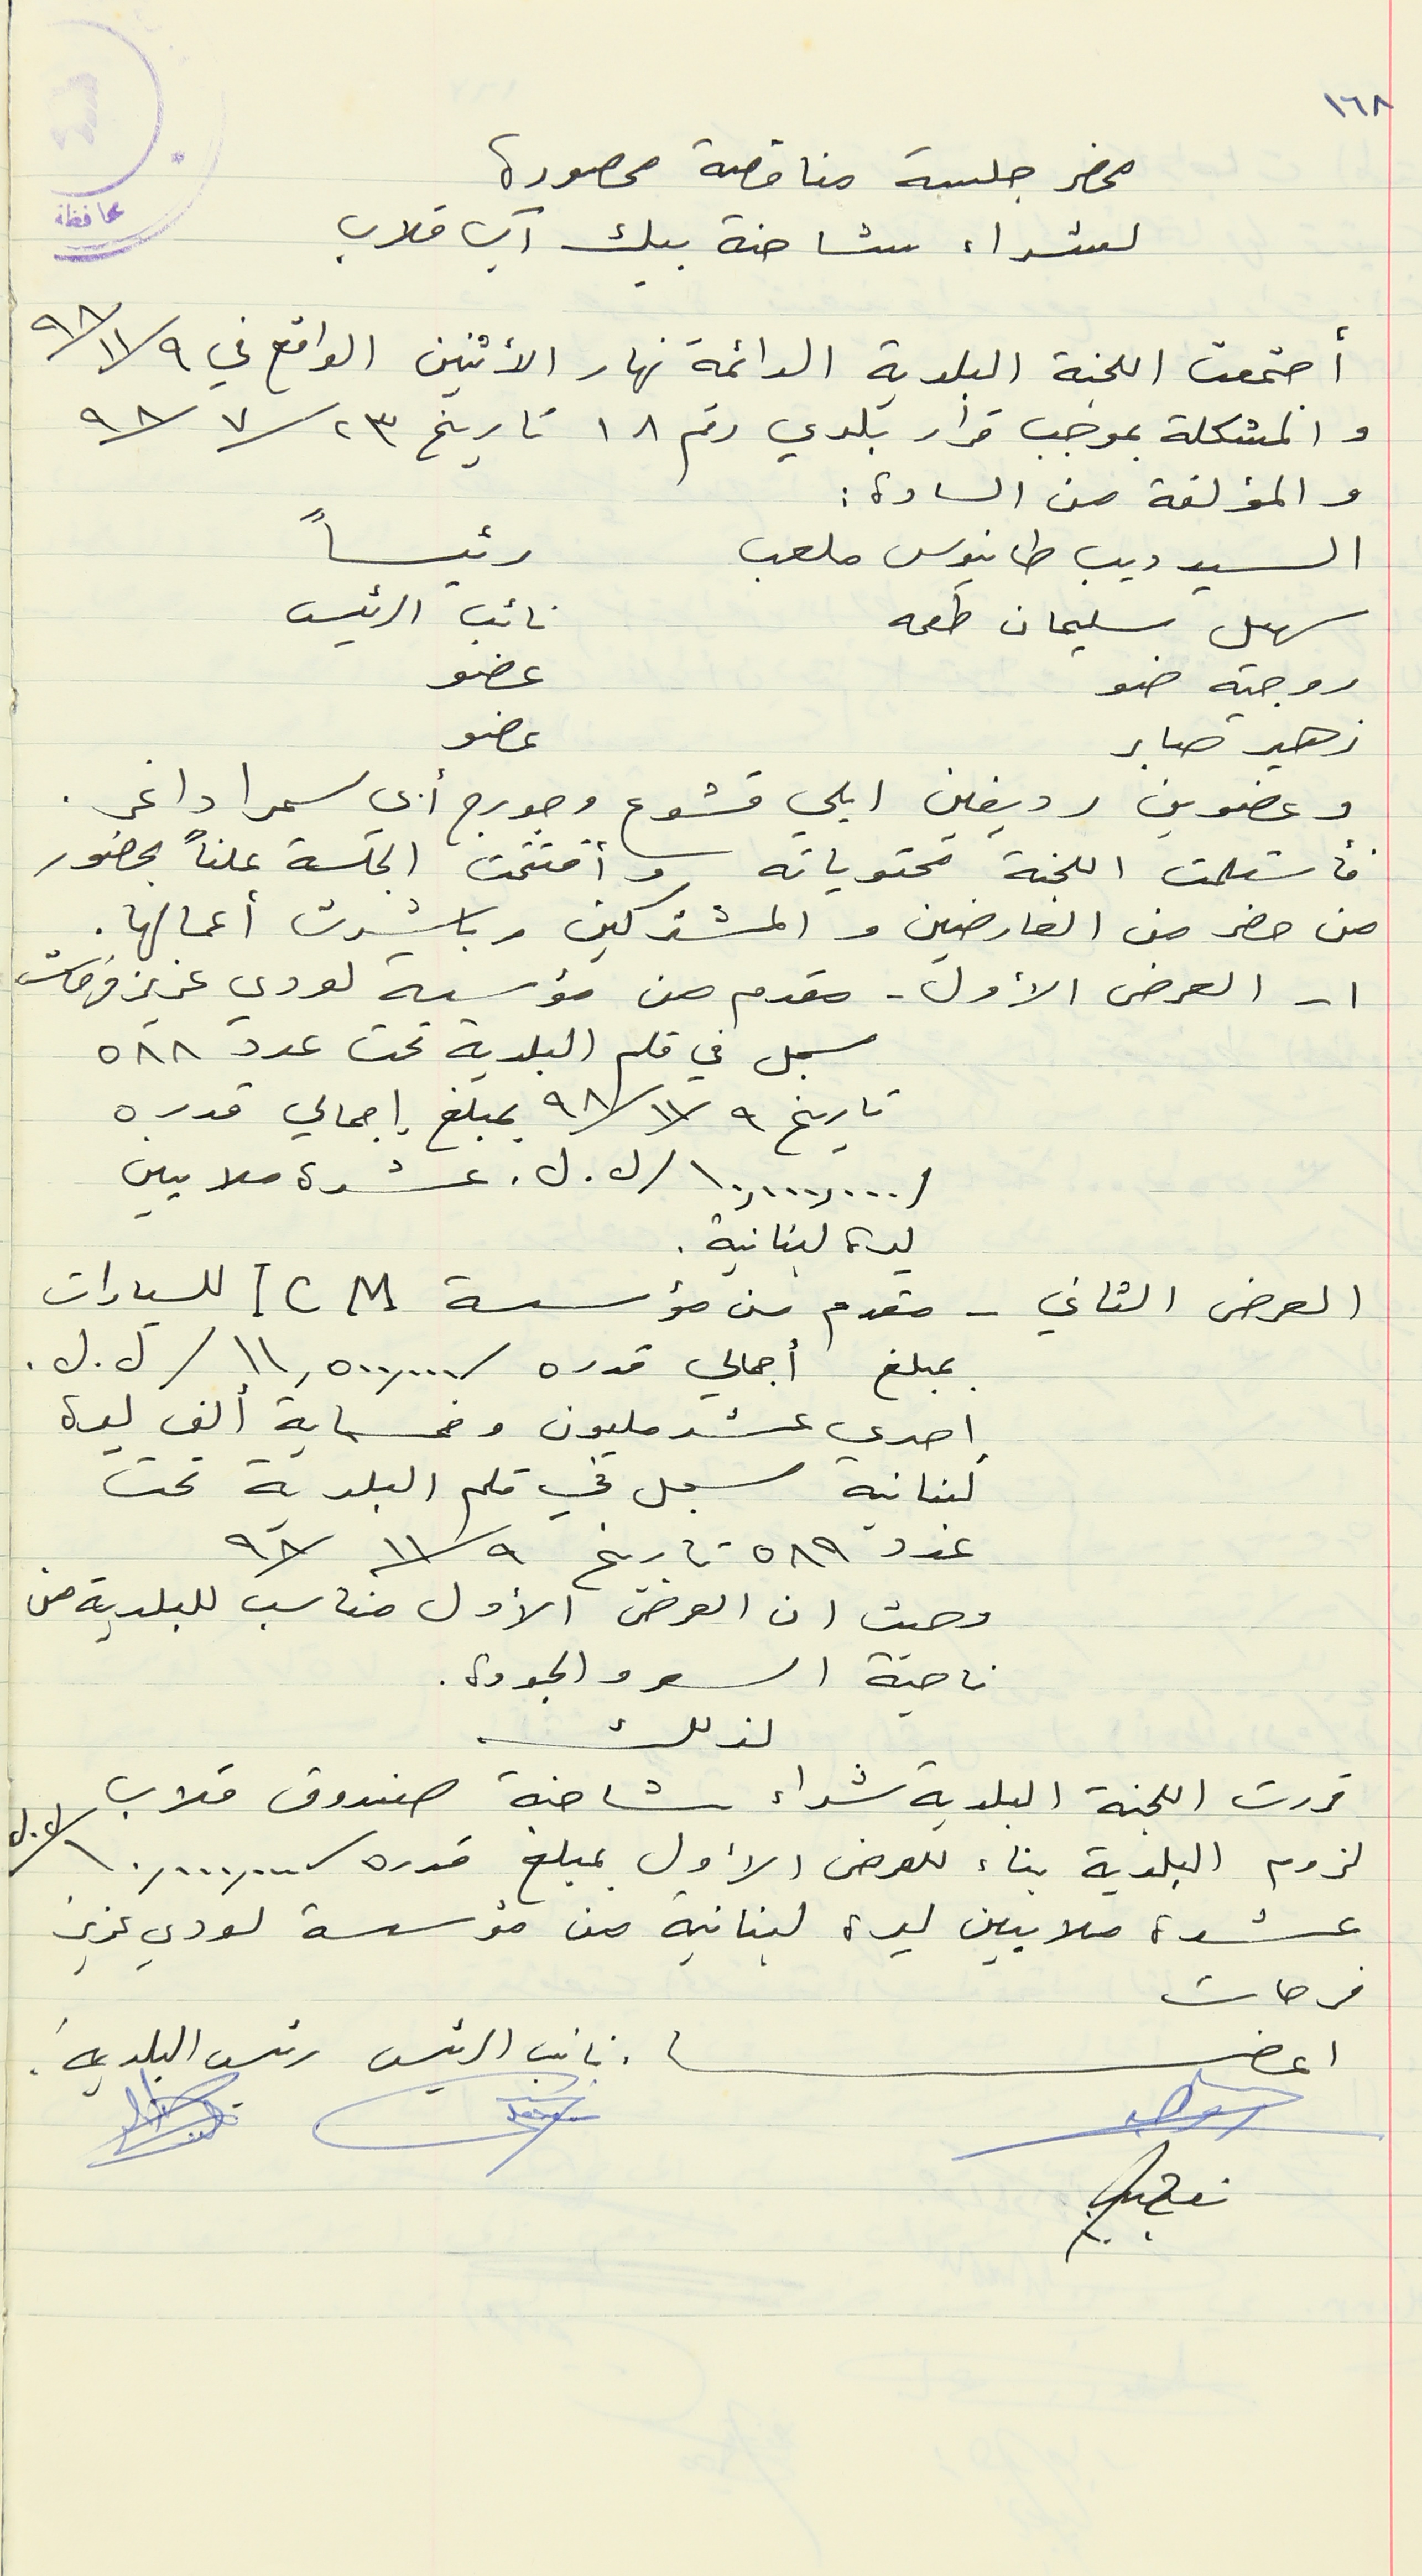
محضر جلسة مناقصة محصورة
لشراء شاحنة بيك آب قلاب
أجتمعت اللجنة البلدية الدائمة نهار الاثنين الواقع في ٩٨/١١/٩
والمشكلة بموجب قرار بلدي رقم  ١٨ تاريخ  ٩٨/٧/٢٣
والمؤلفة من السادة :
السيد ديب طانيوس ملعب
سهيل سليمان طعمه
روجيه ضو
زهير صابر
عضو
وعضوين رديفين ايلي قشوع وجورج أبي سمرا داغر.
فاستلمت اللجنة محتوياته وأفتتحت الجلسة علناً بحضور
من حضر من العارضين والمشتركين وباشرت أعمالها.
1 - العرض الأول - مقدم من مؤسسة لودي عزيز فرحات
سجل في قلم البلدية تحت عدد ٥٨٨
تاريخ ٩٨/١١/٩ بمبلغ إجمالي قدره
/١٠,٠٠٠,٠٠٠/ ل. ل. عشرة ملايين
ليرة لبنانية.
العرض الثاني - مقدم من مؤسسة ICM للسيارات
مبلغ أجمالي قدره / ١١,٥٠٠,٠٠٠/ل. ل.
إحدى عشر مليون وخمسماية ألف ليرة
لبنانية سجل في قلم البلدية تحت
عدد ٥٨٩ تاريخ ٩٨/١١/٩
وحيث ان العرض الأول مناسب للبلدية من
ناحية السعر والجودة.
قررت اللجنة البلدية شراء شاحنة صندوق قلاب
لزوم البلدية بناء للعرض الأول بمبلغ قدره/١٠,٠٠٠,٠٠٠/ ل. ل
عشرة ملايين ليرة لبنانية من مؤسسة لودي عزيز
فرحات
اعضاء نائب الرئيس رئيس البلدية
١٦٨
رئيساً
نائب الرئيس
عضو
لذلك